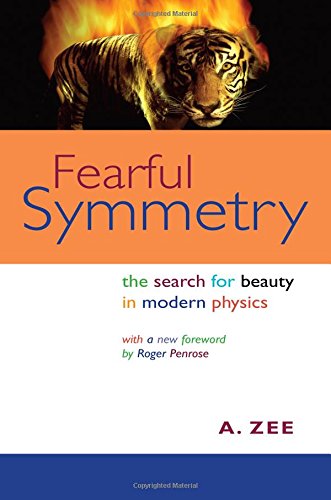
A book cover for Fearful Symmetry: The Search for Beauty in Modern Physics (Princeton Science Library); A. Zee; Science & Math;